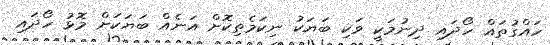
ހައްގުތައް ހޯދައި ދިނުމަކީ ވަކި ބަޔަކު ނިކަމެތިކޮށް އަނެއް ބަޔަކަށް މޮޅު ހޯދައި